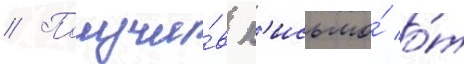
// Получи́в п'исьмо́ о́т